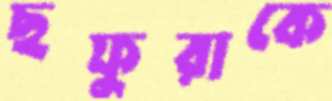
ছফুরাকে